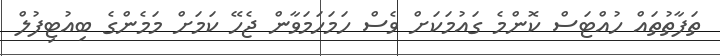
ތަފާތުތައް ހުއްޓަސް ކޮންމެ ގައުމަކަށް ވެސް ހަމަހަމަވާން ޖެހޭ ކަމަށް މަމެންގެ ބިއުޓިފުލް